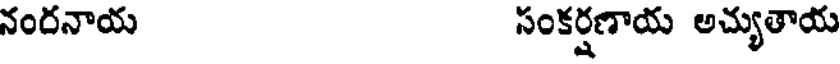
నందనాయ సంకర్షణాయ అచ్యుతాయ